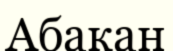
Абакан